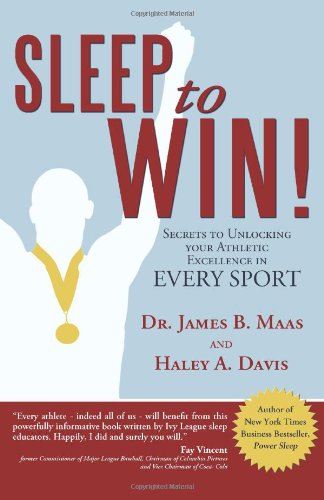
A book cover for Sleep to Win!: Secrets to Unlocking Your Athletic Excellence in Every Sport; Dr James B. Maas; Health, Fitness & Dieting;